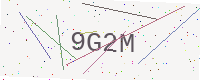
Text: 9G2M